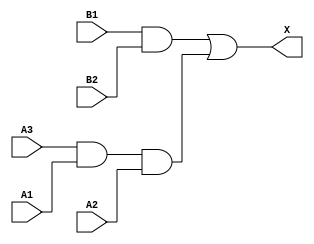
module sky130_fd_sc_hdll__a32o_4 (
    X ,
    A1,
    A2,
    A3,
    B1,
    B2
);
    output X ;
    input  A1;
    input  A2;
    input  A3;
    input  B1;
    input  B2;
    wire and0_out ;
    wire and1_out ;
    wire or0_out_X;
    and and0 (and0_out , A3, A1, A2        );
    and and1 (and1_out , B1, B2            );
    or  or0  (or0_out_X, and1_out, and0_out);
    buf buf0 (X        , or0_out_X         );
endmodule